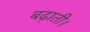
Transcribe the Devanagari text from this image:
बढ़ाती।